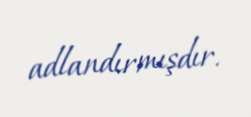
adlandırmışdır.